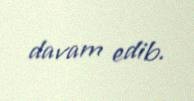
davam edib.